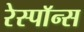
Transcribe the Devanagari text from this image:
रेस्पाॅन्स